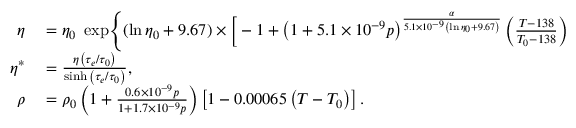
\begin{array} { r l } { \eta } & { { } = \eta _ { 0 } \; \exp \Biggl \{ ( \ln \eta _ { 0 } + 9 . 6 7 ) \times \bigg [ - 1 + \left( 1 + 5 . 1 \times 1 0 ^ { - 9 } p \right) ^ { \frac { \alpha } { 5 . 1 \times 1 0 ^ { - 9 } \left( \ln \eta _ { 0 } + 9 . 6 7 \right) } } \left( \frac { T - 1 3 8 } { T _ { 0 } - 1 3 8 } \right) ^ { - \frac { \beta ( T _ { 0 } - 1 3 8 ) } { \left( \ln \eta _ { 0 } + 9 . 6 7 \right) } } \bigg ] \Biggl \} , } \\ { \eta ^ { * } } & { { } = \frac { \eta \left( \tau _ { e } / \tau _ { 0 } \right) } { \sinh { \left( \tau _ { e } / \tau _ { 0 } \right) } } , } \\ { \rho } & { { } = \rho _ { 0 } \left( 1 + \frac { 0 . 6 \times 1 0 ^ { - 9 } p } { 1 + 1 . 7 \times 1 0 ^ { - 9 } p } \right) \left[ 1 - 0 . 0 0 0 6 5 \left( T - T _ { 0 } \right) \right] . } \end{array}